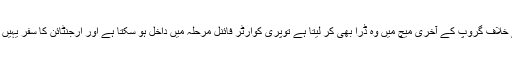
اب ارجنٹائن کے خلاف گروپ کے آخری میچ میں وہ ڈرا بھی کر لیتا ہے توپری کوارٹر فائنل مرحلہ میں داخل ہو سکتا ہے اور ارجنٹائن کا سفر یہیں ختم ہو جائے گا۔